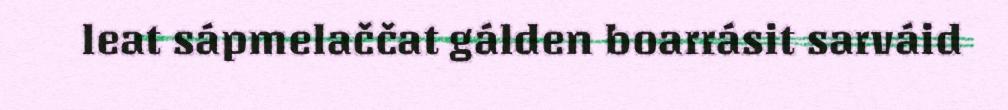
leat sápmelaččat gálden boarrásit sarváid